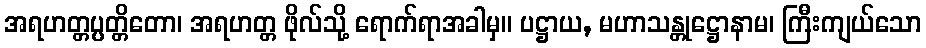
အရဟတ္တပ္ပတ္တိတော၊ အရဟတ္တ ဖိုလ်သို့ ရောက်ရာအခါမှ။ ပဋ္ဌာယ, မဟာသန္တုဋ္ဌောနာမ၊ ကြီးကျယ်သော